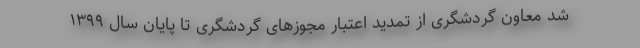
شد معاون گردشگری از تمدید اعتبار مجوزهای گردشگری تا پایان سال ۱۳۹۹